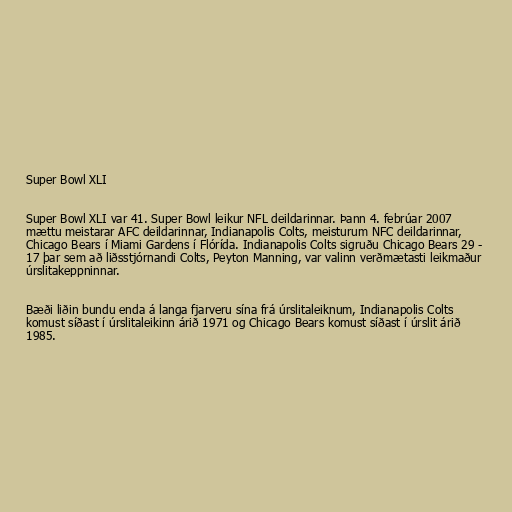
Super Bowl XLI

Super Bowl XLI var 41. Super Bowl leikur NFL deildarinnar. Þann 4. febrúar 2007
mættu meistarar AFC deildarinnar, Indianapolis Colts, meisturum NFC deildarinnar,
Chicago Bears í Miami Gardens í Flórída. Indianapolis Colts sigruðu Chicago Bears 29 -
17 þar sem að liðsstjórnandi Colts, Peyton Manning, var valinn verðmætasti leikmaður
úrslitakeppninnar.

Bæði liðin bundu enda á langa fjarveru sína frá úrslitaleiknum, Indianapolis Colts
komust síðast í úrslitaleikinn árið 1971 og Chicago Bears komust síðast í úrslit árið
1985.